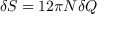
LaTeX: \delta S = 1 2 \pi N \delta Q